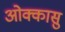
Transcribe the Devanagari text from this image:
ओक्कासु